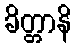
ခိတ္တာနိ